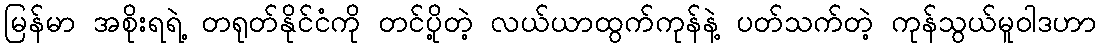
မြန်မာ အစိုးရရဲ့ တရုတ်နိုင်ငံကို တင်ပို့တဲ့ လယ်ယာထွက်ကုန်နဲ့ ပတ်သက်တဲ့ ကုန်သွယ်မူဝါဒဟာ